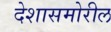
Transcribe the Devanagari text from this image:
देशासमोरील